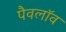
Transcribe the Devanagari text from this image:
पैवलॉव